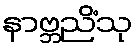
နာဗ္ဘညိံသု